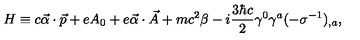
H \equiv c \vec { \alpha } \cdot \vec { p } + e A _ { 0 } + e \vec { \alpha } \cdot \vec { A } + m c ^ { 2 } \beta - i \frac { 3 \hbar c } { 2 } \gamma ^ { 0 } \gamma ^ { a } ( - \sigma ^ { - 1 } ) _ { , a } { , }